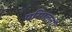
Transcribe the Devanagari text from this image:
परिगलनों